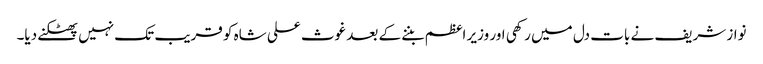
نواز شریف نے بات دل میں رکھی اور وزیر اعظم بننے کے بعد غوث علی شاہ کو قریب تک نہیں پھٹکنے دیا۔